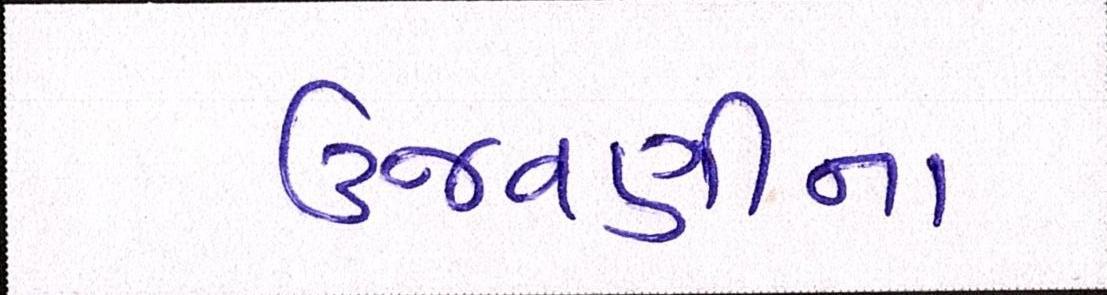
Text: ઉજવણીના